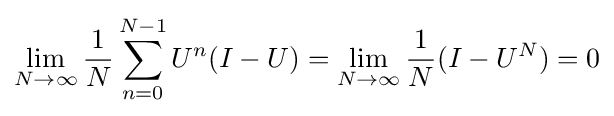
\lim _{N\to \infty }{1 \over N}\sum _{n=0}^{N-1}U^{n}(I-U)=\lim _{N\to \infty }{1 \over N}(I-U^{N})=0